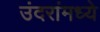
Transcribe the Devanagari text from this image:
उंदरांमध्ये